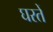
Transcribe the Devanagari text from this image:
घरतें